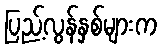
ပြည့်လွန်နှစ်များက